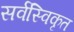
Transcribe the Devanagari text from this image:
सर्वस्विकृत